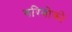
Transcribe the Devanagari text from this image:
गरिबोको